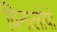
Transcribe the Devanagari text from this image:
विनालोपो